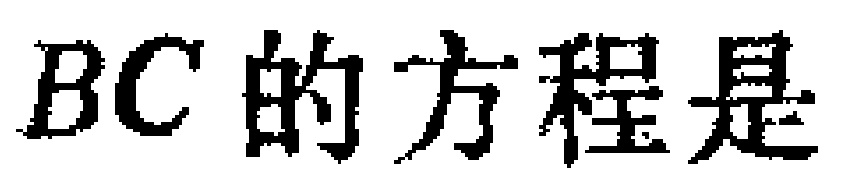
$BC的方程是$